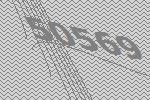
50569